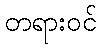
တရားဝင်